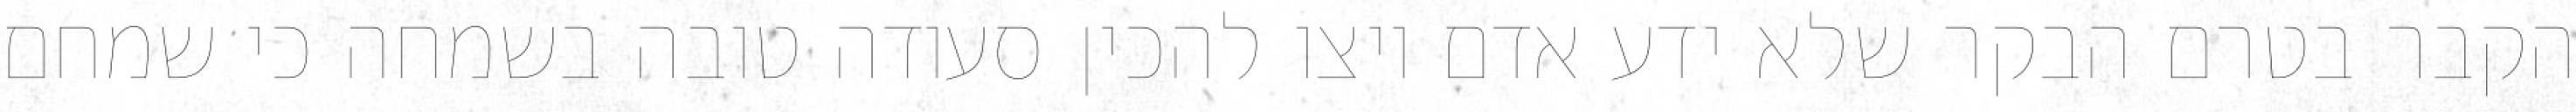
הקבר בטרם הבקר שלא ידע אדם ויצו להכין סעודה טובה בשמחה כי שמחם